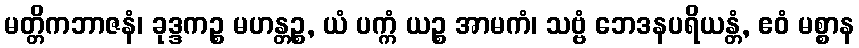
မတ္တိကဘာဇနံ၊ ခုဒ္ဒကဉ္စ မဟန္တဉ္စ, ယံ ပက္ကံ ယဉ္စ အာမကံ၊ သဗ္ဗံ ဘေဒနပရိယန္တံ, ဧဝံ မစ္စာန